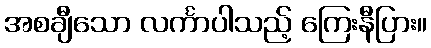
အစချီသော လင်္ကာပါသည့် ကြေးနီပြား။